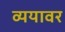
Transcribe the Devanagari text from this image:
व्ययावर